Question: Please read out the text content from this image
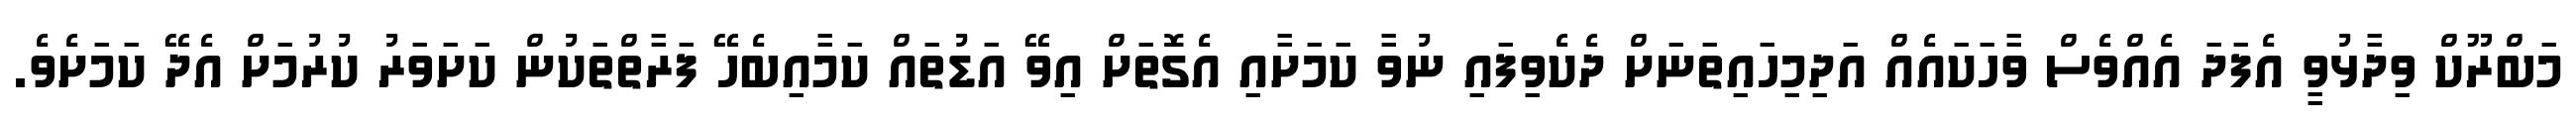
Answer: މަބްރޫކް ވިދާޅުވީ އެފަދަ އެއްވެސް ވާހަކައެއް އަދިމިހައިތަނަށް ދެކެވިފައި ނުވާ ކަމަށާއި އެގޮތަށް އިވޭ އަޑުތައް ކަމާއިބެހޭ ފަރާތްތަކުން ކަށަވަރު ކުރުމަށް އެދޭ ކަމަށެވެ.